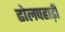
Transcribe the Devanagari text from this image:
ढोलपहाड़ी